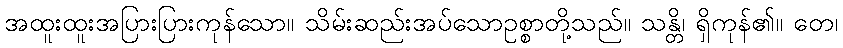
အထူးထူးအပြားပြားကုန်သော။ သိမ်းဆည်းအပ်သောဥစ္စာတို့သည်။ သန္တိ၊ ရှိကုန်၏။ တေ၊